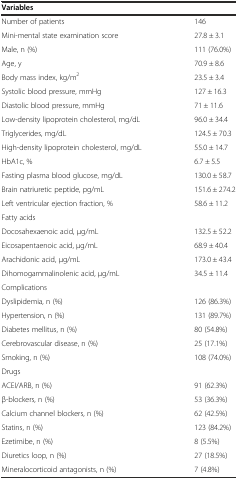
| Variables |  |
 | --- | --- |
 | Number of patients | 146 |
 | Mini-mental state examination score | 27.8 ± 3.1 |
 | Male, n (%) | 111 (76.0%) |
 | Age, y | 70.9 ± 8.6 |
 | Body mass index, kg/m2 | 23.5 ± 3.4 |
 | Systolic blood pressure, mmHg | 127 ± 16.3 |
 | Diastolic blood pressure, mmHg | 71 ± 11.6 |
 | Low-density lipoprotein cholesterol, mg/dL | 96.0 ± 34.4 |
 | Triglycerides, mg/dL | 124.5 ± 70.3 |
 | High-density lipoprotein cholesterol, mg/dL | 55.0 ± 14.7 |
 | HbA1c, % | 6.7 ± 5.5 |
 | Fasting plasma blood glucose, mg/dL | 130.0 ± 58.7 |
 | Brain natriuretic peptide, pg/mL | 151.6 ± 274.2 |
 | Left ventricular ejection fraction, % | 58.6 ± 11.2 |
 | Fatty acids |  |
 | Docosahexaenoic acid, μg/mL | 132.5 ± 52.2 |
 | Eicosapentaenoic acid, μg/mL | 68.9 ± 40.4 |
 | Arachidonic acid, μg/mL | 173.0 ± 43.4 |
 | Dihomogammalinolenic acid, μg/mL | 34.5 ± 11.4 |
 | Complications |  |
 | Dyslipidemia, n (%) | 126 (86.3%) |
 | Hypertension, n (%) | 131 (89.7%) |
 | Diabetes mellitus, n (%) | 80 (54.8%) |
 | Cerebrovascular disease, n (%) | 25 (17.1%) |
 | Smoking, n (%) | 108 (74.0%) |
 | Drugs |  |
 | ACEI/ARB, n (%) | 91 (62.3%) |
 | β-blockers, n (%) | 53 (36.3%) |
 | Calcium channel blockers, n (%) | 62 (42.5%) |
 | Statins, n (%) | 123 (84.2%) |
 | Ezetimibe, n (%) | 8 (5.5%) |
 | Diuretics loop, n (%) | 27 (18.5%) |
 | Mineralocorticoid antagonists, n (%) | 7 (4.8%) |